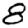
Digit: 8